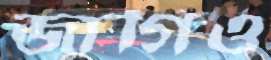
জাগিও